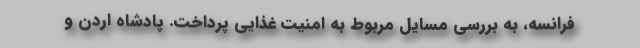
فرانسه، به بررسی مسایل مربوط به امنیت غذایی پرداخت. پادشاه اردن و